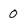
Character: 0